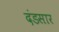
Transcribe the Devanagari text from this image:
दंडसार